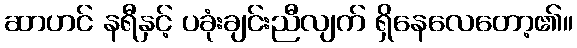
ဆာဟင် နရီနှင့် ပခုံးချင်းညီလျက် ရှိနေလေတော့၏။